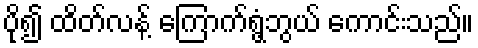
ပို၍ ထိတ်လန့် ကြောက်ရွံ့ဘွယ် ကောင်းသည်။